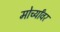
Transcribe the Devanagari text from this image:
मोर्च्यांवर